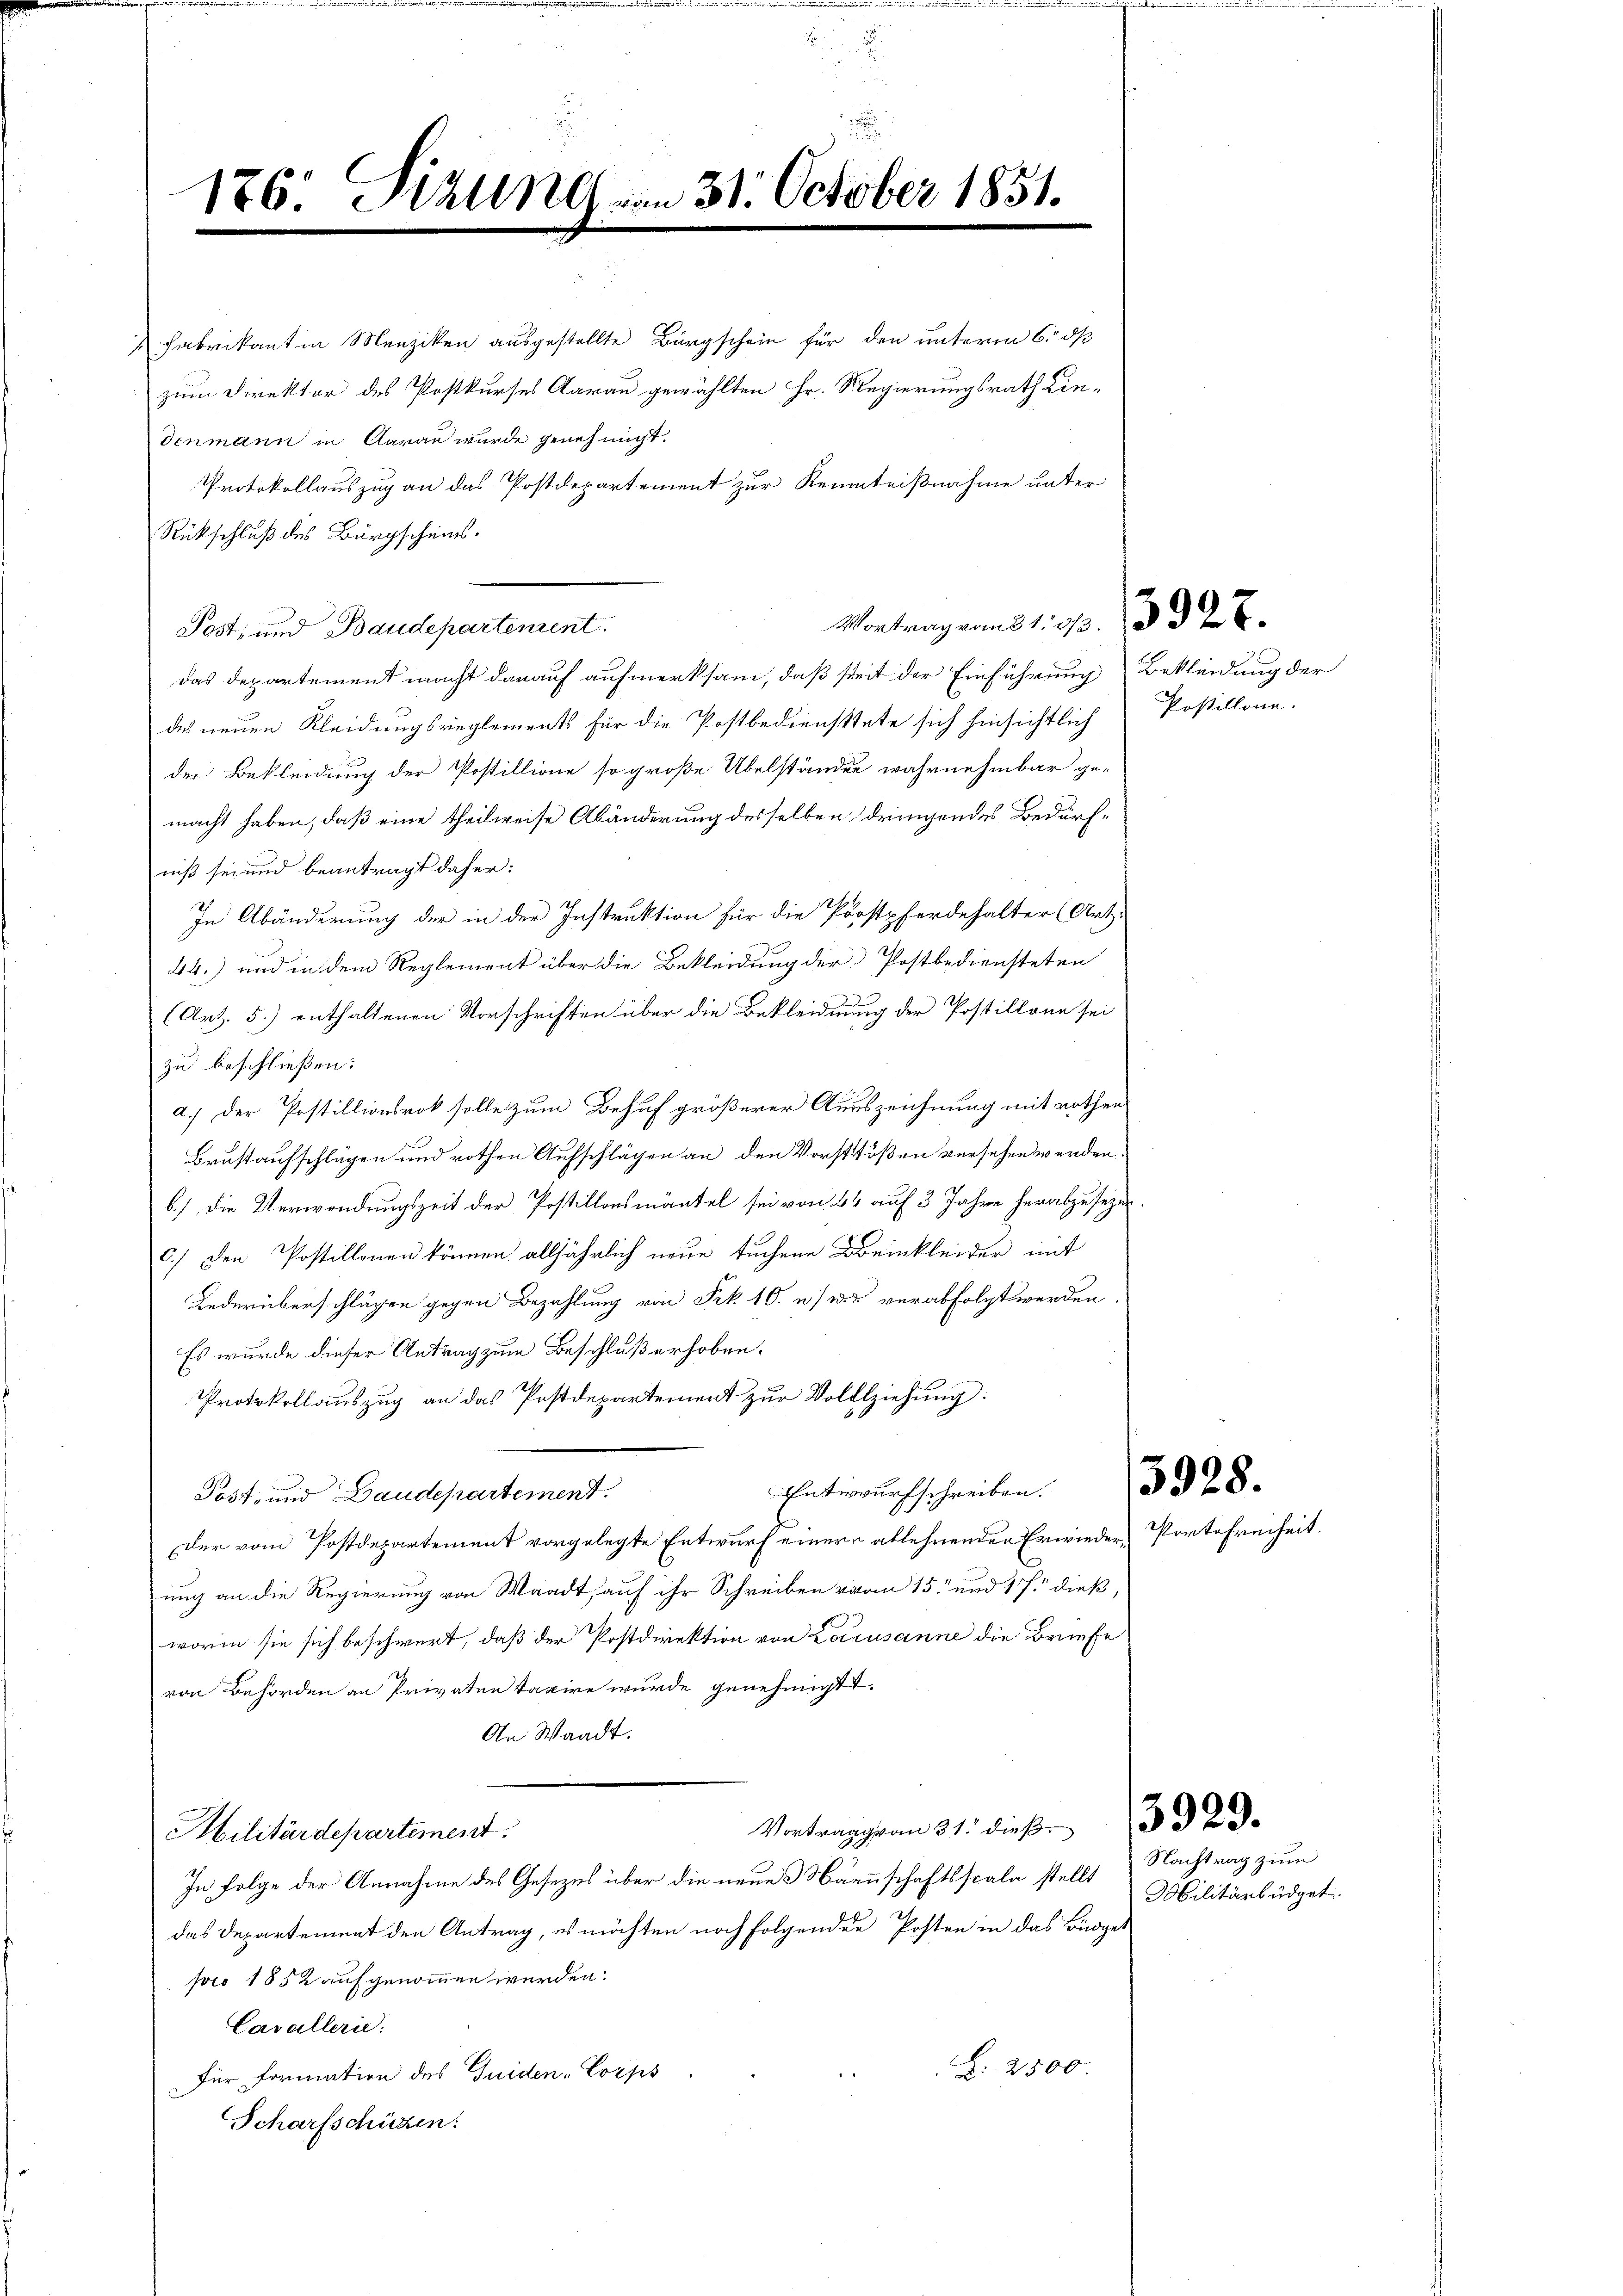
Fabrikant in Menziken ausgestellte Bürgschein für den unterm 6. dß
zum Direktor des Postkurses Aarau gewählten Hr. Regierungsrath Lindenmann in Aarau wurde genehmigt.

Protokollauszug an das Postdepartement zur Kenntnißnahme unter
Rückschluß des Bürgscheins.
das Departement macht darauf aufmerksam, daß seit der Einführung Bekleidung der
des neuen Kleidungsreglements für die Postbediensttete sich hinsichtlich Postillone.
der Bekleidung der Postillione so große Übelständen wahrnehmbar ge-
macht haben, daß eine theilweise Abänderung desselben dringendes Bedürfniß sei und beantragt daher:
In Abänderung der in der Instruktion für die Postpferdehalter (Art.
44.) und in dem Reglement über die Bekleidung der Postbediensteten
(Art. 5.) enthaltenen Vorschriften über die Bekleidung der Postillone sei
zu beschließen:
a.) Der Postillionsrok solle zum Behuf größerer Ausszeichnung mit rothen
Brustaufschlägen und rothen Aufschlägen an den Vorsttößen versehen werden.
6.) Die Verwendungszeit der Postillonsmäntel sei von 44 auf 3 Jahre herabzusezen.
6.) Den Postillonen können alljährlich neue suchene Beinkleider mit
Lederüberschlägen gegen Bezahlung von Frk. 10. u s. w. verabfolgt werden.
Es wurde dieser Antrag zum Beschluß erhoben.
Protokollauszug an das Postdepartement zur Vollziehung.
Eintringung schreiben        328.
Post- und Baudepartement.
.
Der vom Postdepartement vorgelegte Entwurf einer ablehnenden Erwieder, Portefreiheit.
ung an die Regierung von Waadt, auf ihr Schreiben vom 15. und 17. dieß,
worin sie sich beschwert, daß der Postdirektion von Lausanne die Briefe
von Behörden an Privaten taxire wurde genehmigt.
An Waadt.
Vortrag von 31. dieß
Militärdepartement.
In Folge der Annahme des Gesetzes über die neues Näenschaftsscala stellt Nachtrag zum
das Departement den Antrag, es möchten noch folgenden Posten in das Büdget
pro 1852 aufgenommen werden.
Cavallerie:
Z. 2500.
für formation des Guiden-Corps
Scharfschützen.

176. Hall vom 31. October 1851.

Post, und Baudepartement

Montrag vom 21. 23. 1832 E

Mobilitärbüdget